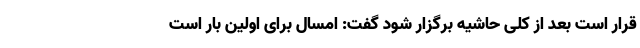
قرار است بعد از کلی حاشیه برگزار شود گفت: امسال برای اولین بار است